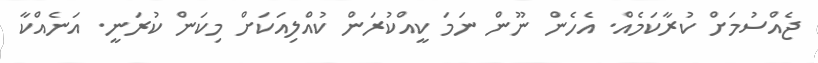
ޖެއްސުމަށް ކުރާކަމެއް. އެހެން ނޫން ނަމަ ކީއްކުރަން ކުއްލިއަކަށް މިކަން ކުރަނީ. އަނެއްކާ